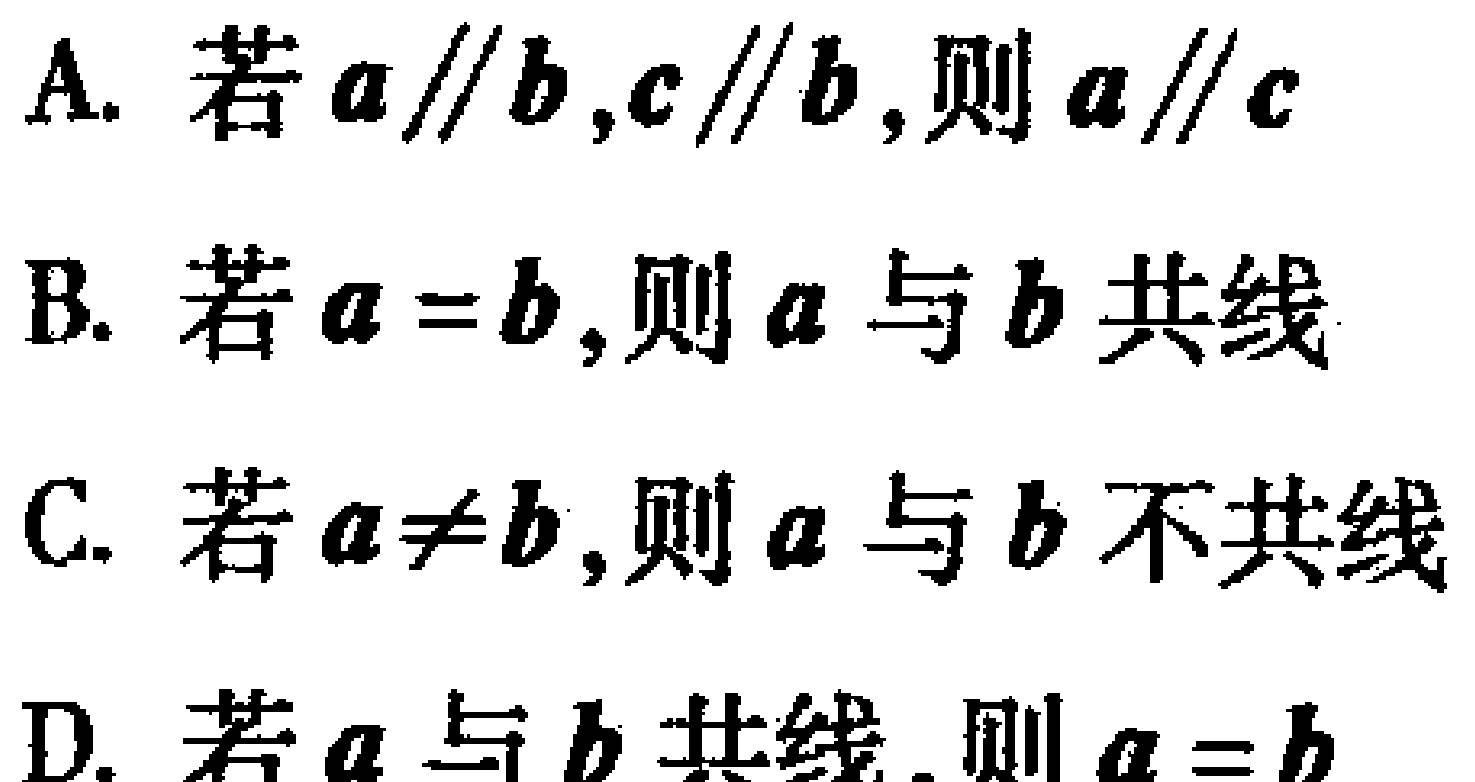
A. 若\(a\parallel b,c\parallel b\)，则\(a\parallel c\)
B. 若\(a = b\)，则\(a\)与\(b\)共线
C. 若\(a\neq b\)，则\(a\)与\(b\)不共线
D. 若\(a\)与\(b\)共线，则\(a = b\)